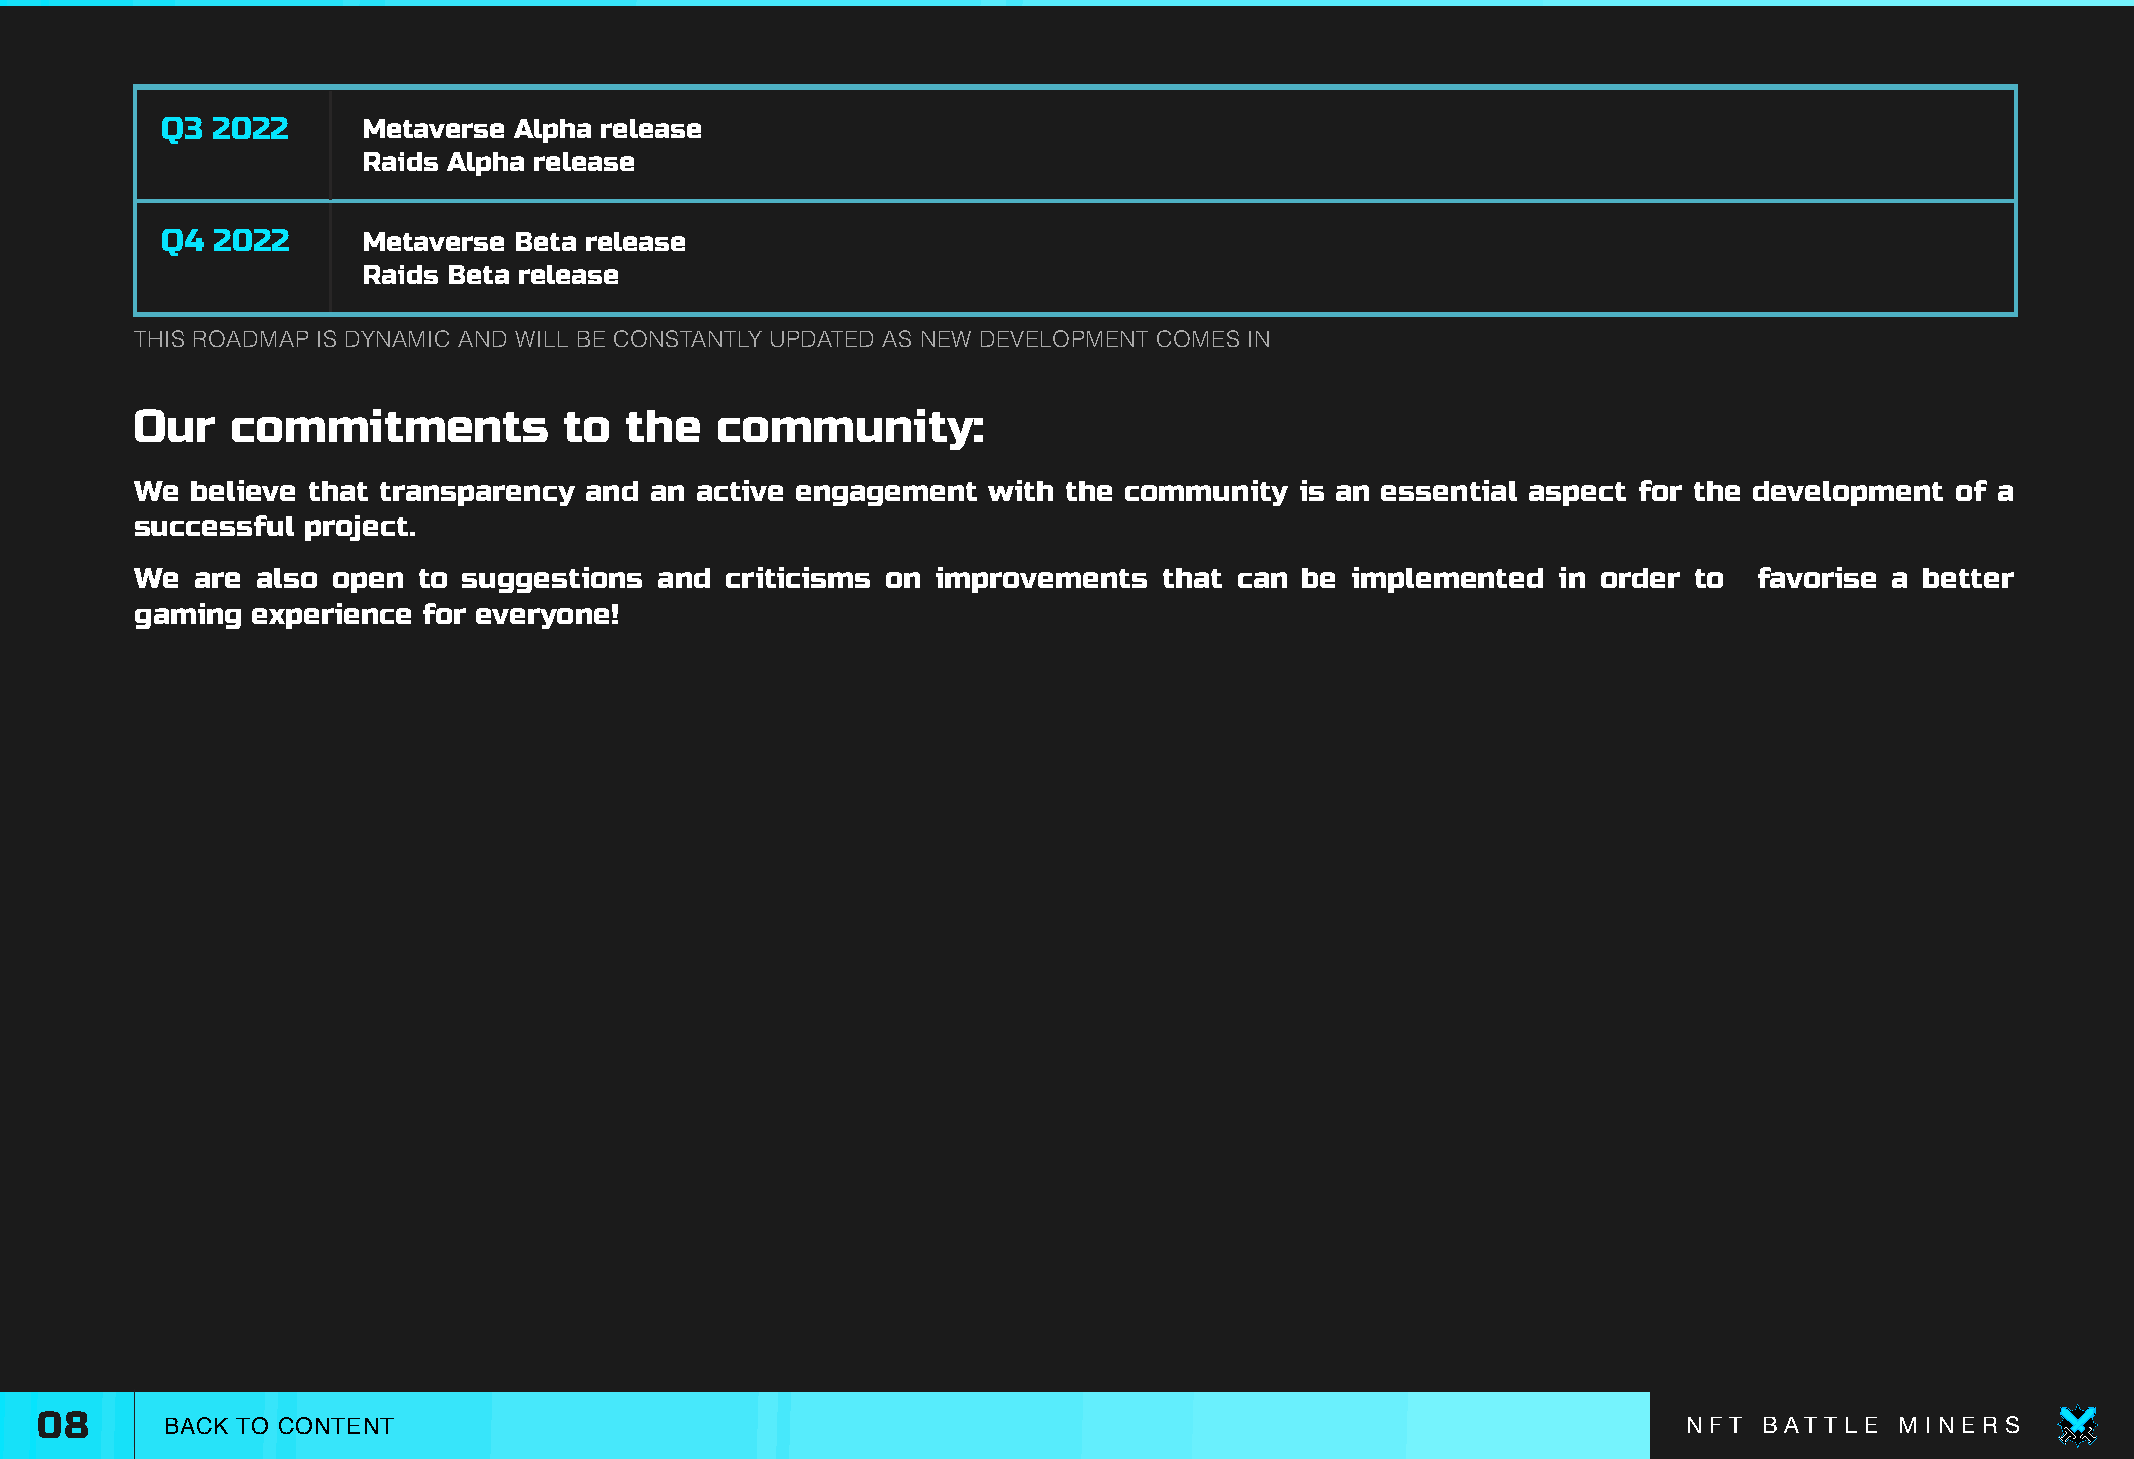
Q3 2022      Metaverse Alpha release
 Raids Alpha release
 Q4 2022      Metaverse Beta release
 Raids Beta release
 THIS ROADMAP IS DYNAMIC AND WILL BE CONSTANTLY UPDATED AS NEW DEVELOPMENT COMES IN
 Our   commitments           to  the   community:
 We  believe that transparency and an active engagement  with  the community  is an essential aspect for the development of a
 successful project.
 We  are also open  to suggestions  and criticisms on improvements   that can be implemented   in order to  favorise a better
 gaming  experience for everyone!
 08       BACK TO CONTENT                                                                                      N F T B AT T L E M I N E R S